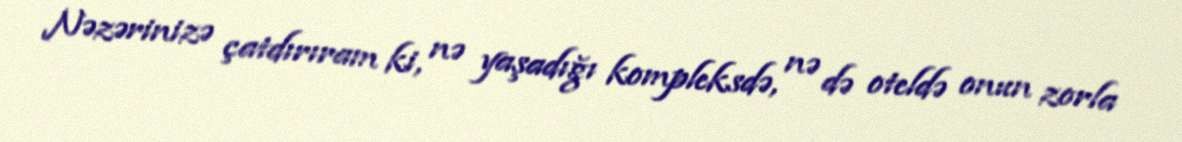
Nəzərinizə çatdırıram ki, nə yaşadığı kompleksdə, nə də oteldə onun zorla